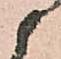
候